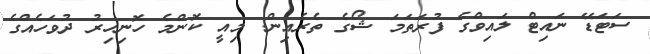
ސަޓަޑޭ ނައިޓް ލައިވްގެ ފުރަތަމަ ޝޯގެ ތެރެއިން: މިއީ ކޮންމެ ހޮނިހިރު ދުވަހެއްގެ